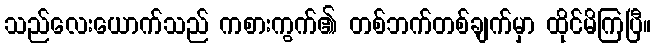
သည်လေးယောက်သည် ကစားကွက်၏ တစ်ဘက်တစ်ချက်မှာ ထိုင်မိကြပြီ။